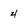
Character: 4